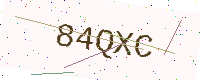
Text: 84QXC